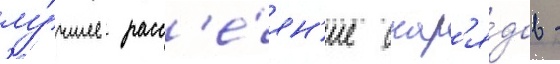
лу́чшее расс'е́ян'ие снар'я́дов -